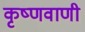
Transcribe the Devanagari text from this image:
कृष्णवाणी